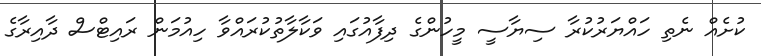
ކުށެއް ނެތި ހައްޔަރުކުރާ ސިޔާސީ މީހުންގެ ދިފާއުގައި ވަކާލާތުކުރައްވާ ހިއުމަން ރައިޓްސް ދާއިރާގެ